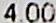
4.00